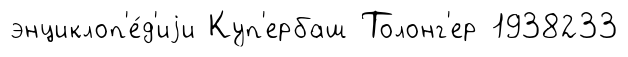
энциклоп'е́д'иjи Куп'ербаш Толонг'ер 1938233